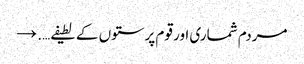
مردم شماری اور قوم پرستوں کے لطیفے…. →